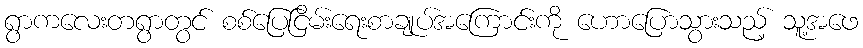
ရွာကလေးတရွာတွင် စစ်ပြေငြိမ်းရေးစာချုပ်အကြောင်းကို ဟောပြောသွားသည့် သူ့အဖေ